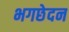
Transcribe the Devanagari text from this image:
भगछेदन